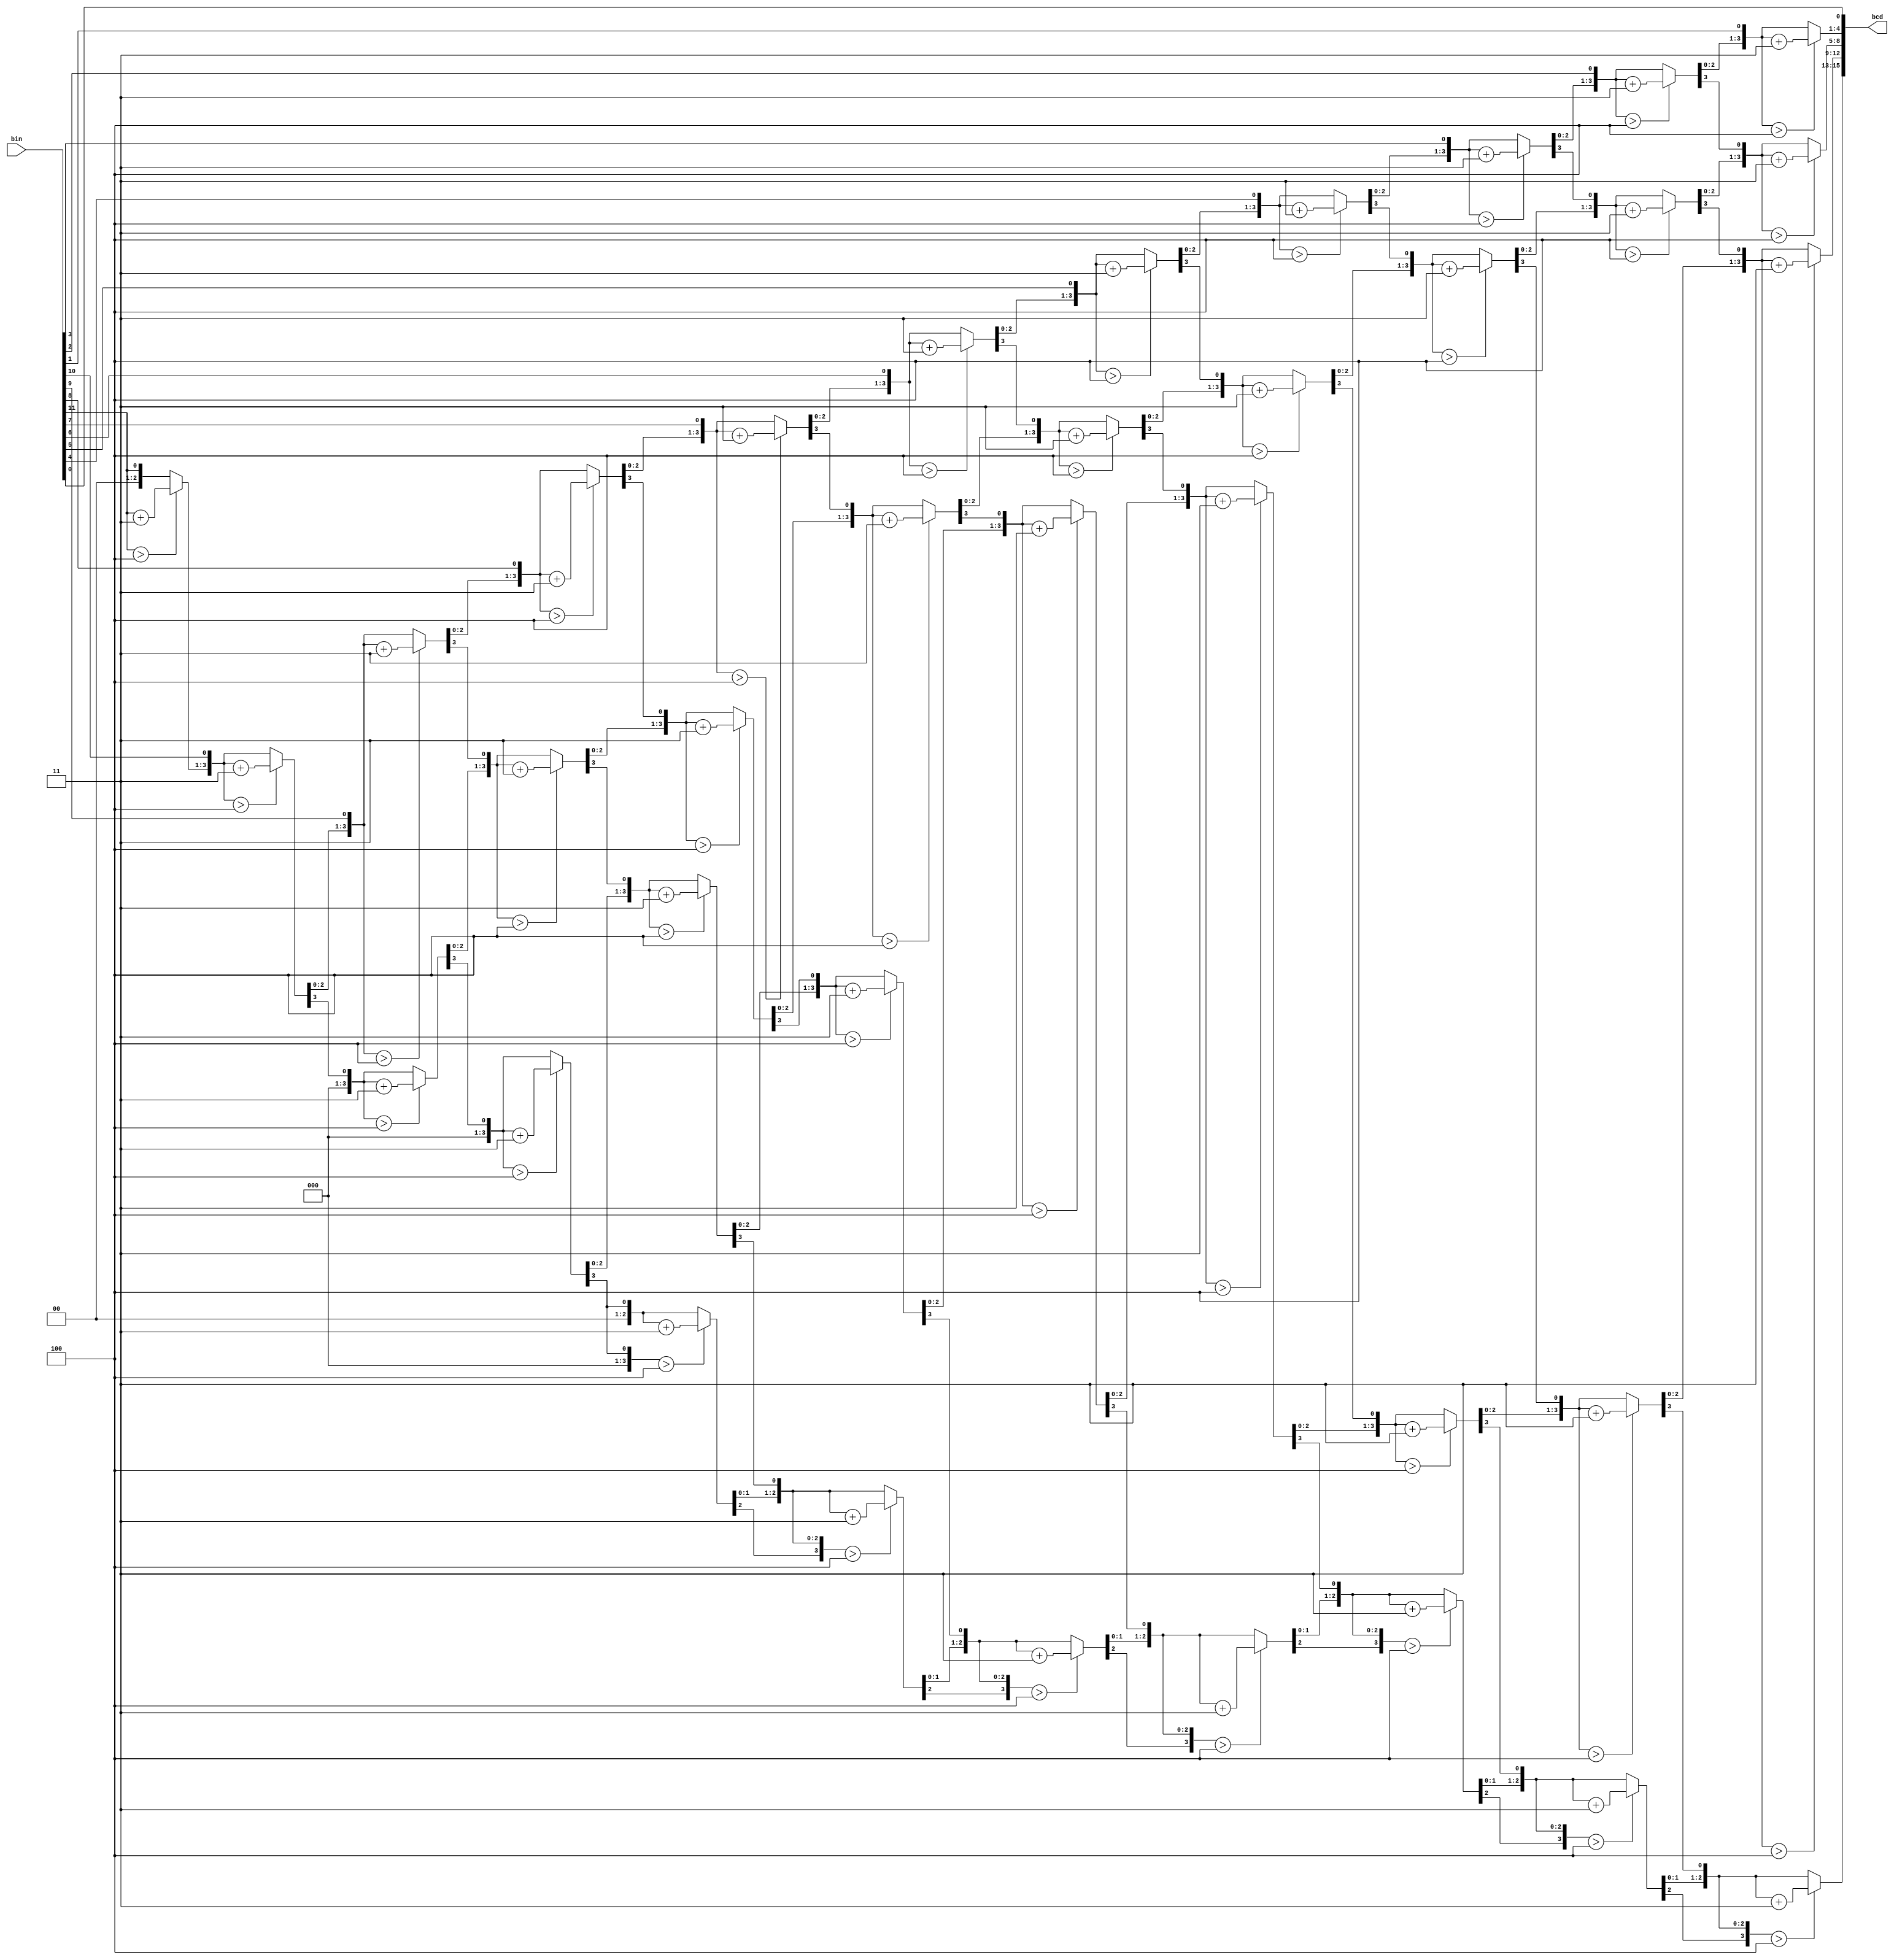
module bin2bcd(bin, bcd);
    //input ports and their sizes
    input [11:0] bin;
    //output ports and, their size
    output [15:0] bcd;
    //Internal variables
    reg [15 : 0] bcd; 
    reg [3:0] i;   
     
     //Always block - implement the Double Dabble algorithm
     always @(bin)
        begin
            bcd = 15'd0; //initialize bcd to zero.
            for (i = 4'd0; i < 4'd12; i = i + 4'd1) //run for 12 iterations
            begin
                bcd = {bcd[14:0],bin[11-i]}; //concatenation
                    
                //if a hex digit of 'bcd' is more than 4, add 3 to it.  
                if(i < 4'd11 && bcd[3:0] > 4'd4) 
                    bcd[3:0] = bcd[3:0] + 4'd3;
                if(i < 4'd11 && bcd[7:4] > 4'd4)
                    bcd[7:4] = bcd[7:4] + 4'd3;
                if(i < 4'd11 && bcd[11:8] > 4'd4)
                    bcd[11:8] = bcd[11:8] + 4'd3; 
					 if(i < 4'd11 && bcd[15:12] > 4'd4)
                    bcd[15:12] = bcd[15:12] + 4'd3; 
            end
        end     
                
endmodule